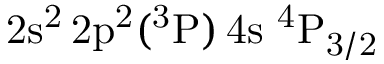
\mathrm { 2 s ^ { 2 } \, 2 p ^ { 2 } ( ^ { 3 } P ) \, 4 s ~ ^ { 4 } P _ { 3 / 2 } }